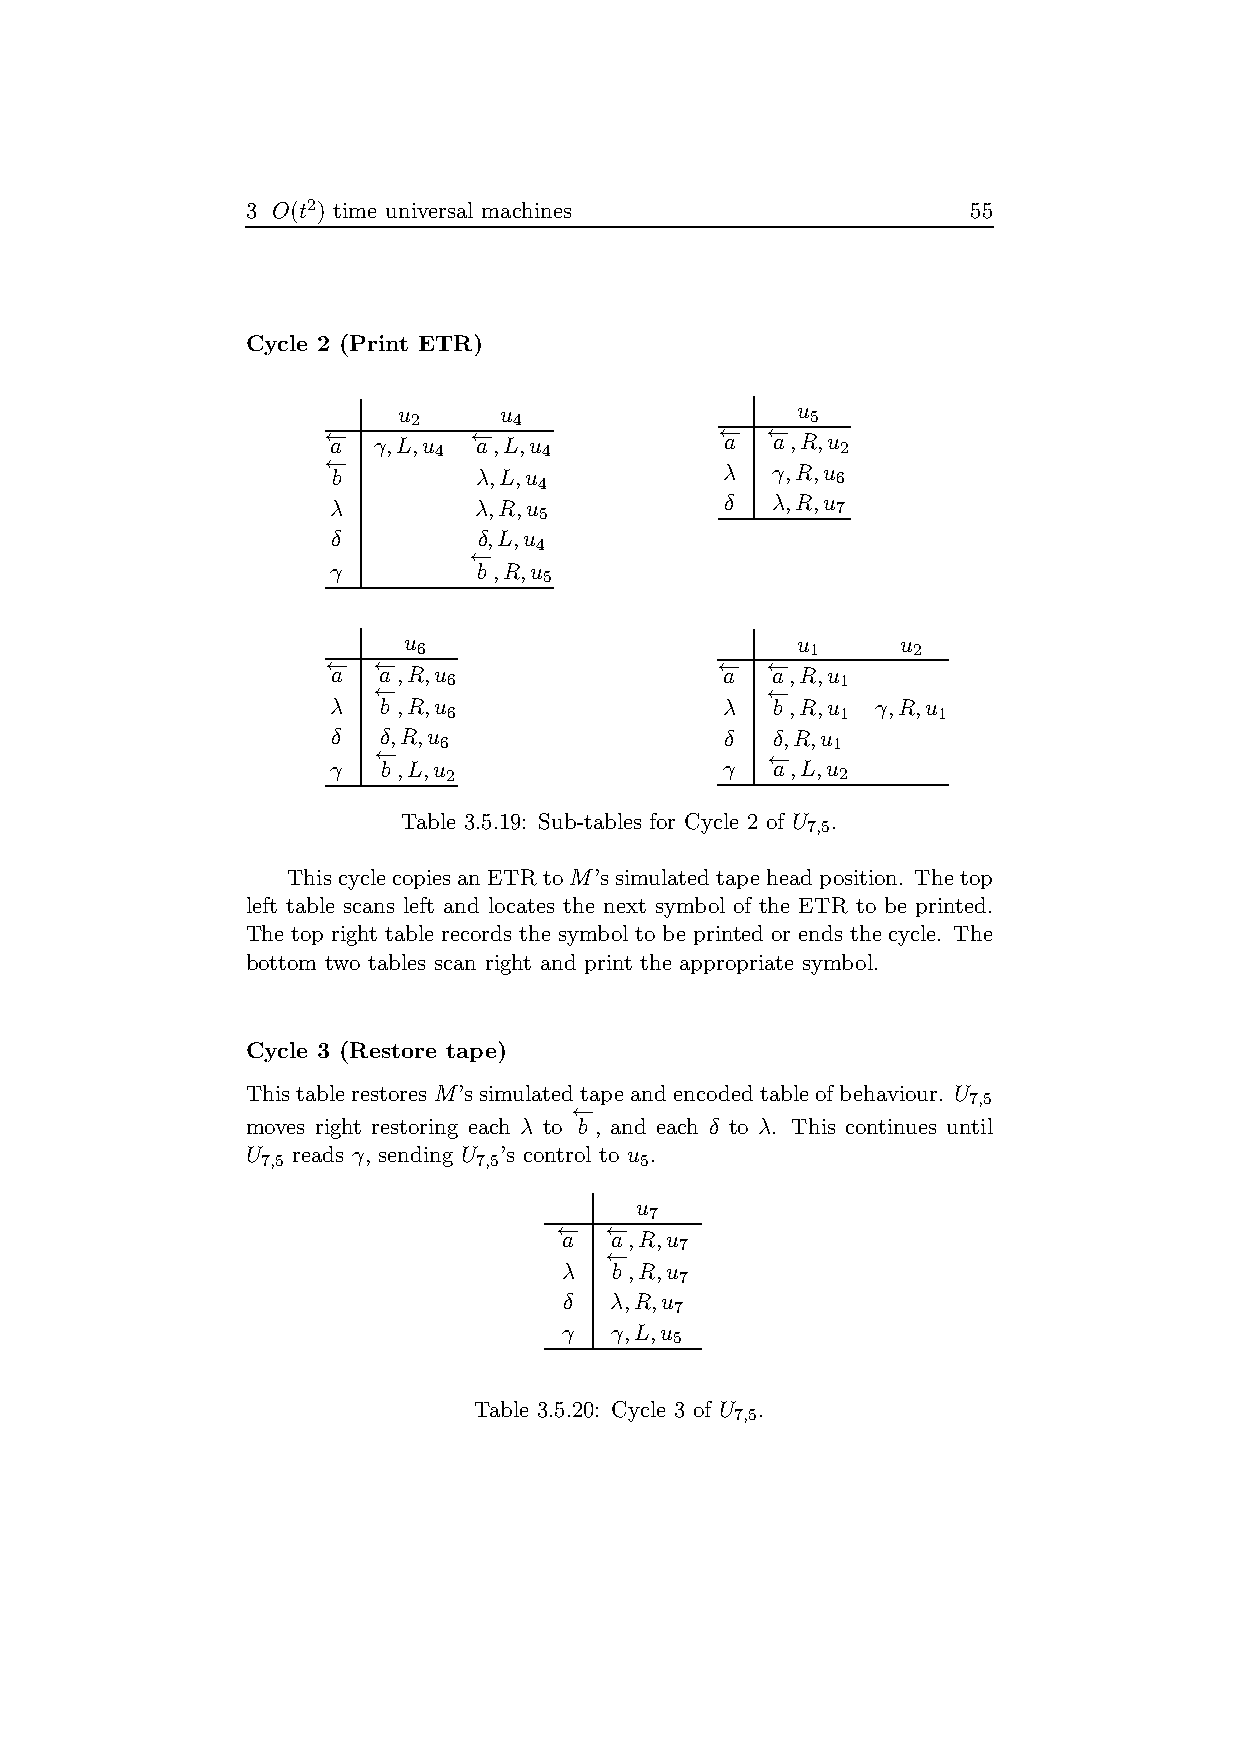
3 O(t2) time universal machines                 55
 Cycle 2 (Print ETR)
 u 2    u 4                 u 5
 ←− a γ,L,u 4 ←− a,L,u 4   ←− a ←− a,R,u 2
 ←−
 b        λ,L,u 4          λ  γ,R,u 6
 λ        λ,R,u 5          δ  λ,R,u 7
 δ         δ,L,u
 4
 ←−
 γ         b ,R,u
 5
 u                         u      u
 6                         1     2
 ←− ←−                     ←− ←−
 a  a,R,u                  a  a,R,u
 6                         1
 ←−                        ←−
 λ  b ,R,u                 λ  b ,R,u γ,R,u
 6                         1     1
 δ  δ,R,u                  δ  δ,R,u
 6                         1
 ←−                        ←−
 γ  b ,L,u                 γ  a,L,u
 2                         2
 Table 3.5.19: Sub-tables for Cycle 2 of U .
 7,5
 Thiscycle copies anETRto M’s simulated tapeheadposition. Thetop
 left table scans left and locates the next symbol of the ETR to be printed.
 The top right table records the symbol to be printed or ends the cycle. The
 bottom two tables scan right and print the appropriate symbol.
 Cycle 3 (Restore tape)
 Thistablerestores M’s simulated tapeandencoded tableof behaviour. U
 7,5
 ←−
 moves right restoring each λ to b , and each δ to λ. This continues until
 U  reads γ, sending U ’s control to u .
 7,5            7,5       5
 u
 7
 ←− ←−
 a  a,R,u
 7
 ←−
 λ   b ,R,u
 7
 δ  λ,R,u
 7
 γ  γ,L,u
 5
 Table 3.5.20: Cycle 3 of U .
 7,5